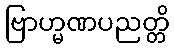
ဗြာဟ္မဏပညတ္တိ